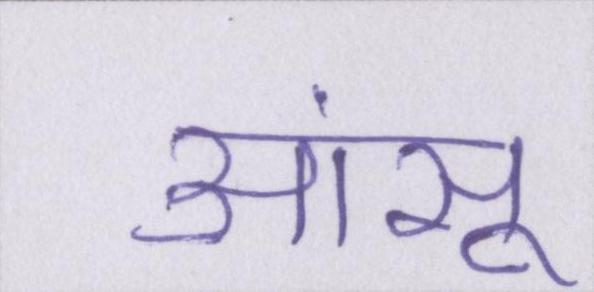
आंसू